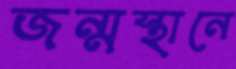
জন্মস্থানে